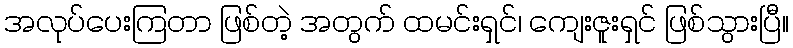
အလုပ်ပေးကြတာ ဖြစ်တဲ့ အတွက် ထမင်းရှင်၊ ကျေးဇူးရှင် ဖြစ်သွားပြီ။